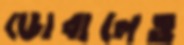
ডোবালেও